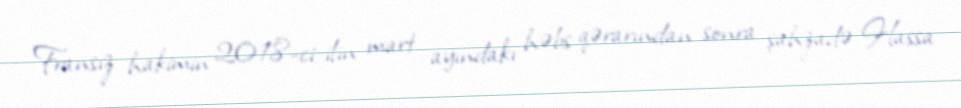
Fransız hakimin 2018-ci ilin mart ayındakı həbs qərarından sonra şahzadə Hassa